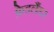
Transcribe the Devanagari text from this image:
फ्रेडलैंडर